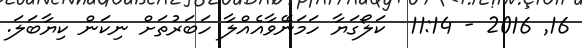
16